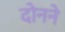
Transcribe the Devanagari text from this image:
दोनने